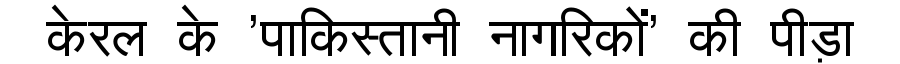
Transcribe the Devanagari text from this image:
केरल के 'पाकिस्तानी नागरिकों' की पीड़ा